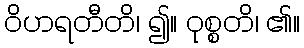
ဝိဟရတီတိ၊ ၍။ ဝုစ္စတိ၊ ၏။